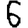
Digit: 6